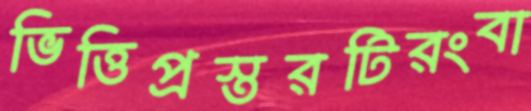
ভিত্তিপ্রস্তরটিরংবা